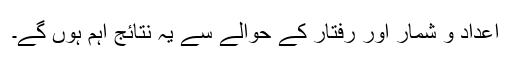
اعداد و شمار اور رفتار کے حوالے سے یہ نتائج اہم ہوں گے۔